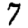
Digit: 7